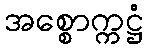
အစ္စောက္ကဋ္ဌံ